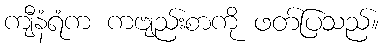
ကျီနံရံက ကဗျည်းစာကို ဖတ်ပြသည်။